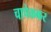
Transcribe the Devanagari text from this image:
चापेककर